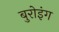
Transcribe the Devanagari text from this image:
बुरोइंग